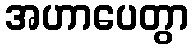
အဟာပေတွာ